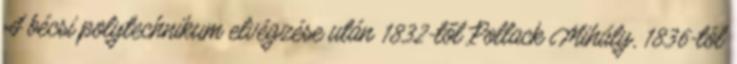
A bécsi polytechnikum elvégzése után 1832-től Pollack Mihály, 1836-tól